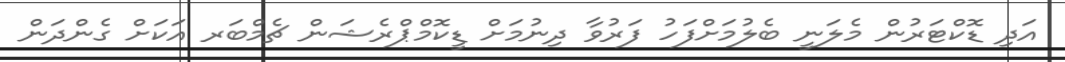
އަދި ޑޮކްޓަރުން މެލަނީ ބެލުމަށްފަހު ފަރުވާ ދިނުމަށް ޑީކޮމްޕްރެޝަން ޗެމްބަރ އަކަށް ގެންދަން